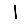
Digit: 1